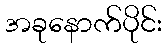
အခုနောက်ပိုင်း